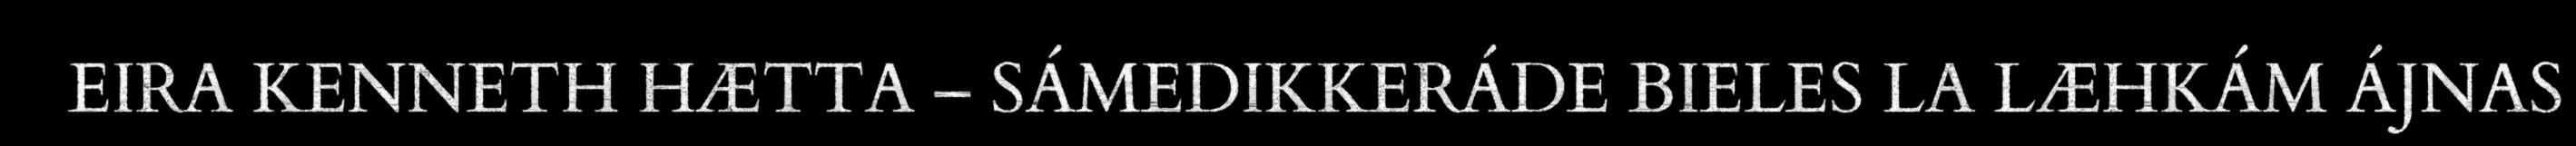
EIRA KENNETH HÆTTA – SÁMEDIKKERÁDE BIELES LA LÆHKÁM ÁJNAS